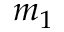
m _ { 1 }